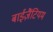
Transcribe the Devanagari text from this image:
बाईज़ैंटियम